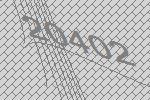
20402